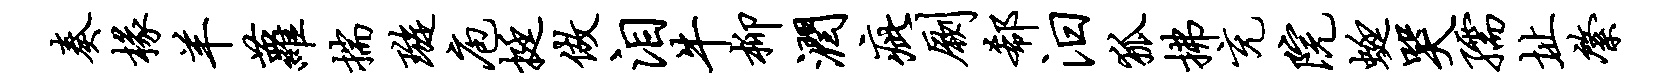
奏椽羊萝揣璇庖挺做泪牛柳润疵劂欷汨狐拂充院蜓哭孺址綮